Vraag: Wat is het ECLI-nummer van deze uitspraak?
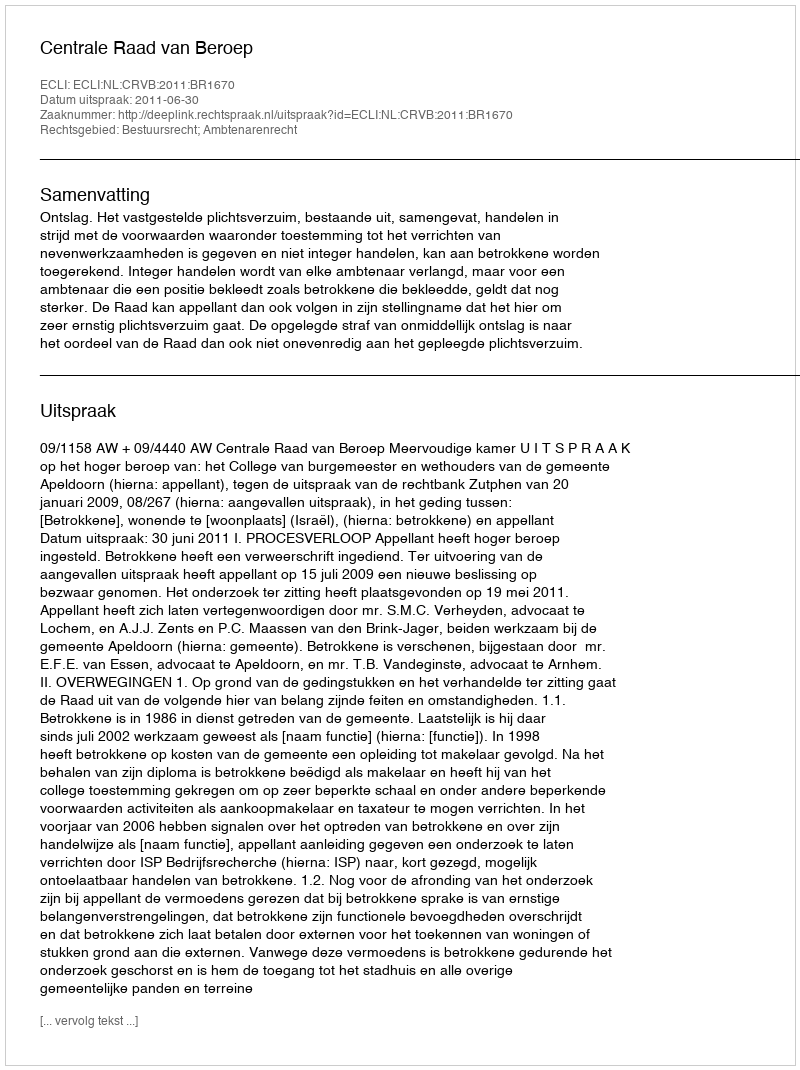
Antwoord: ECLI:NL:CRVB:2011:BR1670